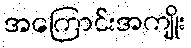
အကြောင်းအကျိုး